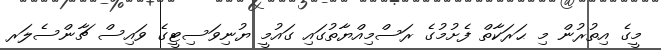
މީގެ އިތުރުން މި ޙަރަކާތް ފެށުމުގެ ރަސްމިއްޔާތުގައި ގައުމީ ޔުނިވަސިޓީގެ ވައިސް ޗާންސެލަރ